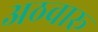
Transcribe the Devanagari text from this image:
अठवारू